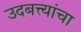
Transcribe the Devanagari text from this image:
उदबत्त्यांचा